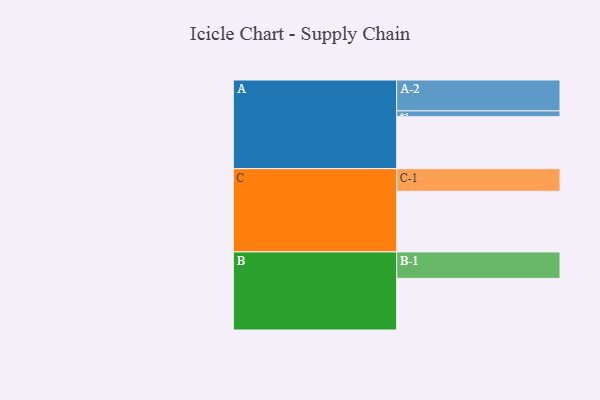
{"axis": {"x": "Segment", "y": "Value"}, "legend": ["", "A", "B", "C"], "data": [{"x": "A", "y": 461, "type": ""}, {"x": "B", "y": 458, "type": ""}, {"x": "C", "y": 538, "type": ""}, {"x": "A-1", "y": 52, "type": "A"}, {"x": "A-2", "y": 274, "type": "A"}, {"x": "B-1", "y": 235, "type": "B"}, {"x": "C-1", "y": 201, "type": "C"}]}